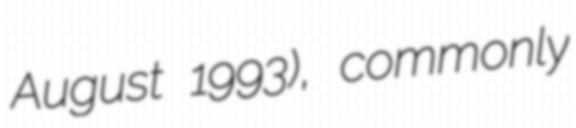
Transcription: August 1993), commonly